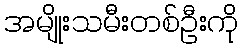
အမျိုးသမီးတစ်ဦးကို